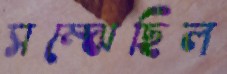
সম্‌ঝেছিল